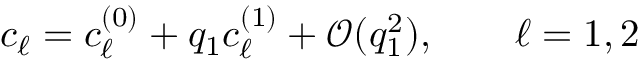
c _ { \ell } = c _ { \ell } ^ { ( 0 ) } + q _ { 1 } c _ { \ell } ^ { ( 1 ) } + \mathcal { O } ( q _ { 1 } ^ { 2 } ) , ~ ~ ~ ~ ~ ~ \ell = 1 , 2